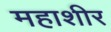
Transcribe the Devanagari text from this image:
महाशीर